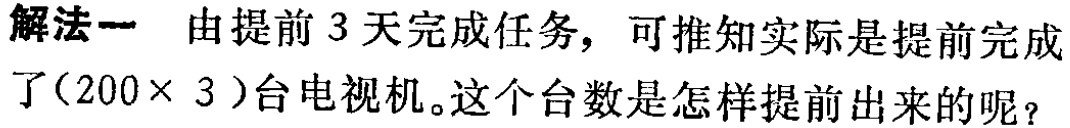
解法一 由提前 3 天完成任务，可推知实际是提前完成了\((200\times 3)\)台电视机。这个台数是怎样提前出来的呢？